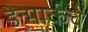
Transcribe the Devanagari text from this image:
डेन्मार्कचे